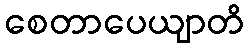
စေတာပေယျာတိ